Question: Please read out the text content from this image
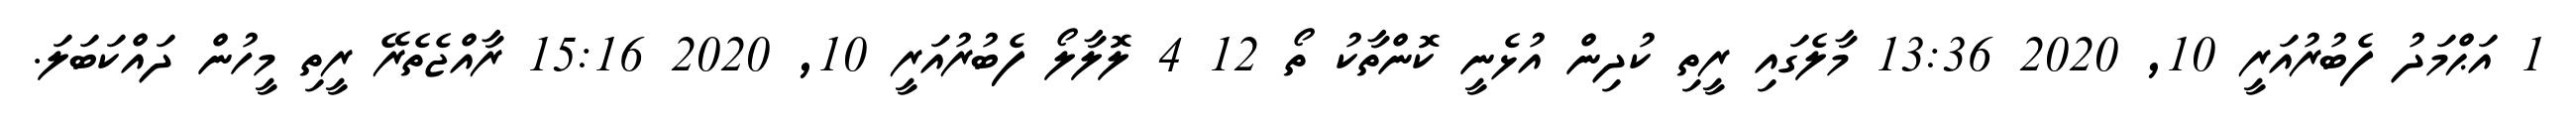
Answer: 1 އަޙްމަދު ފެބުރުއަރީ 10, 2020 13:36 މާލެގައި ރީތި ކުދިން އުޅެނީ ކޮންތާކު ތޯ 12 4 ލޮލާލޯ ފެބުރުއަރީ 10, 2020 15:16 ރާއްޖެތެރޭ ރީތި މީހުން ދައްކަބަލަ.